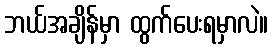
ဘယ်အချိန်မှာ ထွက်ပေးရမှာလဲ။